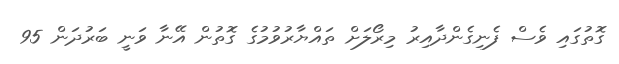
ގޮތުގައި ވެސް ފެނިގެންދާއިރު މިރޯލަށް ތައްޔާރުވުމުގެ ގޮތުން އޭނާ ވަނީ ބަރުދަން 95